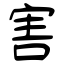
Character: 害